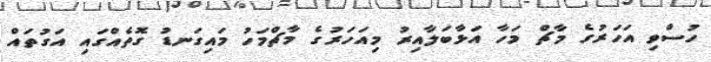
ހުސްވި އަހަރުގެ މާޗް މަހާ އަޅާބަލާއިރު މިއަހަރުގެ މާޗްމަހު މައިގަނޑު ގޮތެއްގައި އަގުތައް